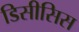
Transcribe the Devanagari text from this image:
डिसीसिस